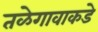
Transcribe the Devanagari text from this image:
तळेगावाकडे